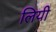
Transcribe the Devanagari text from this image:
लियी